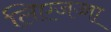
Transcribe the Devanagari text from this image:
लिएजच्चा